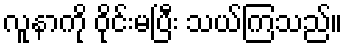
လူနာကို ဝိုင်းမပြီး သယ်ကြသည်။